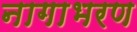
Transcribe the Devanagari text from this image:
नागाभरण